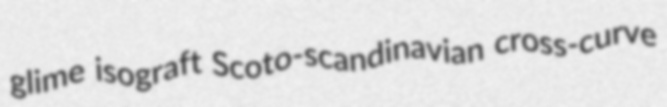
glime isograft Scoto-scandinavian cross-curve